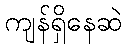
ကျန်ရှိနေဆဲ